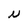
Character: N